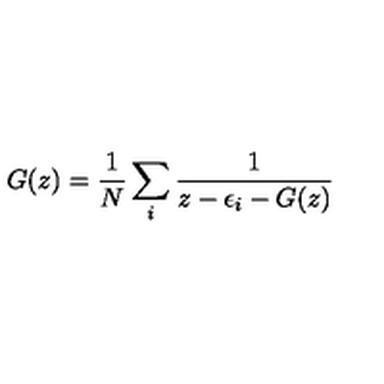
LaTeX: G ( z ) = { \frac { 1 } { N } } \sum _ { i } { \frac { 1 } { z - \epsilon _ { i } - G ( z ) } }